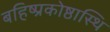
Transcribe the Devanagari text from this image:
बहिष्प्रकोष्ठास्थि